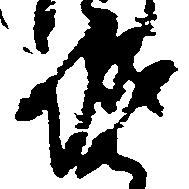
城